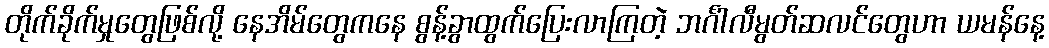
တိုက်ခိုက်မှုတွေဖြစ်လို့ နေအိမ်တွေကနေ စွန့်ခွာထွက်ပြေးလာကြတဲ့ ဘင်္ဂါလီမွတ်ဆလင်တွေဟာ ယမန်နေ့